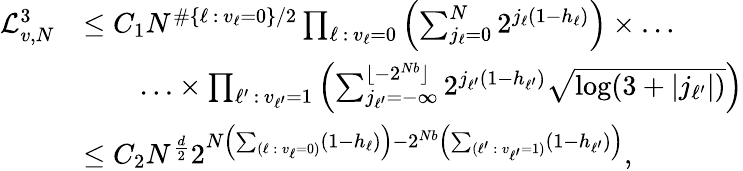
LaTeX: \begin{array}{rl}{\mathcal{L}_{v,N}^{3}}&{\leq C_{1}N^{\# \{ \ell\, :\, v_{\ell}=0\} /2}\prod_{\ell\, :\, v_{\ell}=0}\left(\sum_{j_{\ell}=0}^{N}2^{j_{\ell}(1-h_{\ell})}\right)\times\ldots}\\ &{\qquad\ldots\times\prod_{\ell^{\prime}\, :\, v_{\ell^{\prime}}=1}\left(\sum_{j_{\ell^{\prime}}=-\infty}^{\lfloor-2^{Nb}\rfloor}2^{j_{\ell^{\prime}}(1-h_{\ell^{\prime}})}\sqrt{\log(3+|j_{\ell^{\prime}}|)}\right)}\\ &{\leq C_{2}N^{\frac{d}{2}}2^{N\left(\sum_{(\ell\, :\, v_{\ell}=0)}(1-h_{\ell})\right)-2^{Nb}\left(\sum_{(\ell^{\prime}\, :\, v_{\ell^{\prime}}=1)}(1-h_{\ell^{\prime}})\right)},}\end{array}